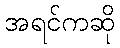
အရင်ကဆို